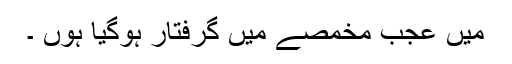
میں عجب مخمصے میں گرفتار ہوگیا ہوں ۔